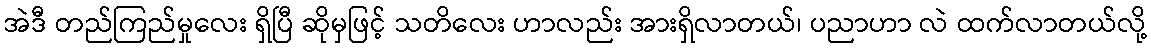
အဲဒီ တည်ကြည်မှုလေး ရှိပြီ ဆိုမှဖြင့် သတိလေး ဟာလည်း အားရှိလာတယ်၊ ပညာဟာ လဲ ထက်လာတယ်လို့